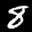
Label: 8